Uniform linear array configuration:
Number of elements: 16
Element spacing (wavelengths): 0.25
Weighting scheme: cosine
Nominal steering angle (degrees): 30
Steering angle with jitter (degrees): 30.306
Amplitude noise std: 0.05
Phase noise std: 0.05

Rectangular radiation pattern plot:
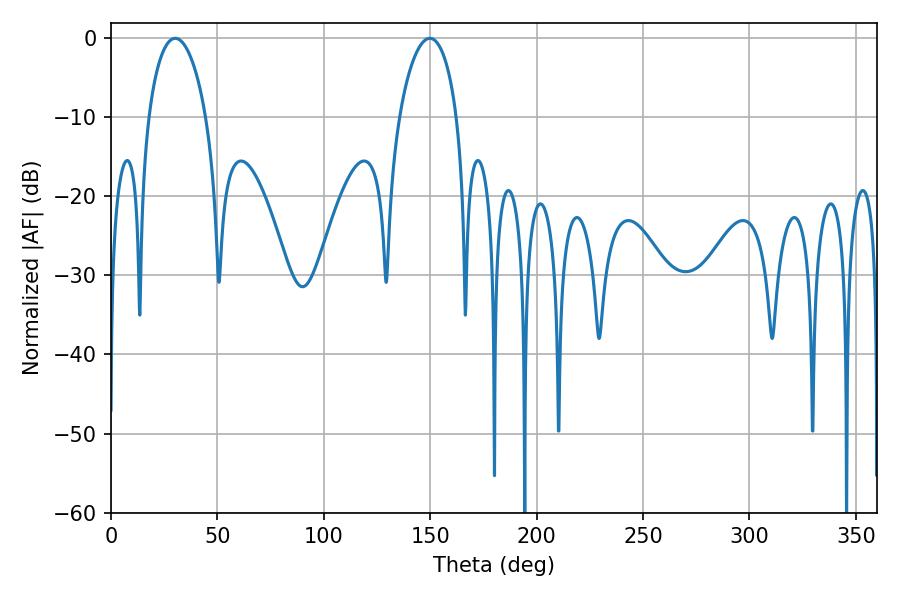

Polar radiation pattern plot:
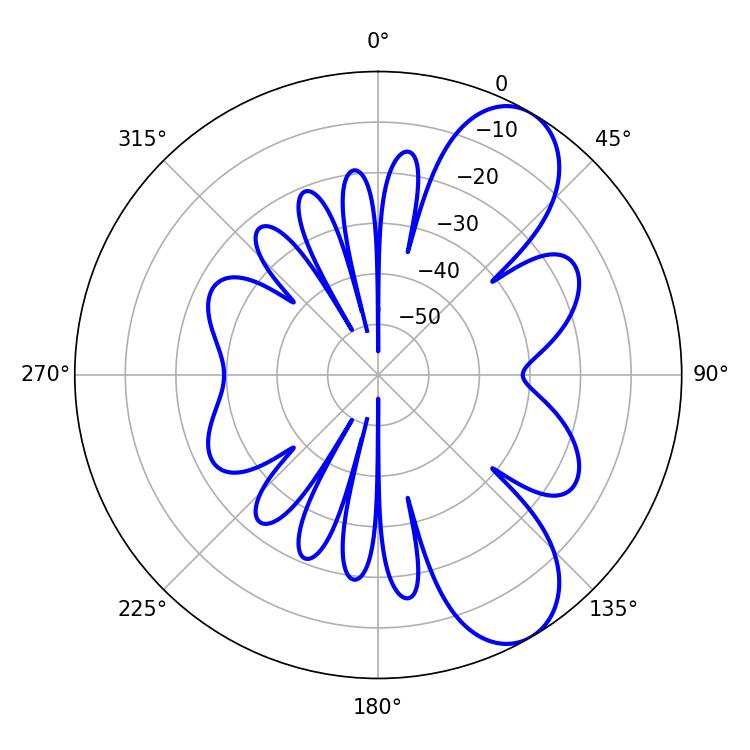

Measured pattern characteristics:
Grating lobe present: FALSE
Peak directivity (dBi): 8.327
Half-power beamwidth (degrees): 15.3
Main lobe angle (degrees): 30.24